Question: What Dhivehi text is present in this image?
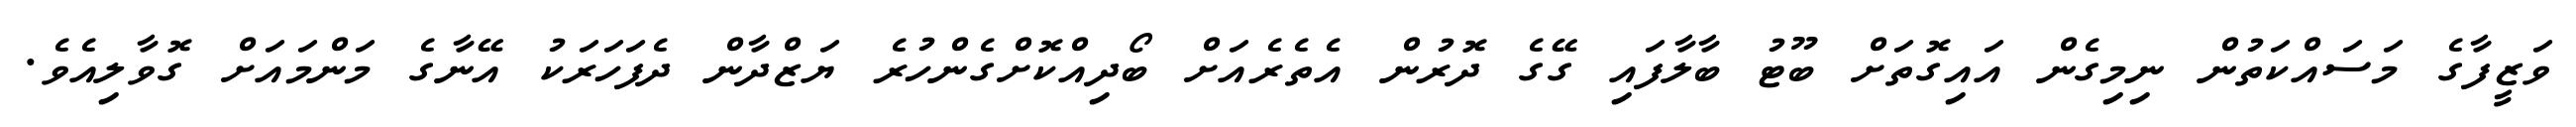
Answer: ވަޒީފާގެ މަސައްކަތުން ނިމިގެން އައިގޮތަށް ބޫޓު ބާލާފައި ގޭގެ ދޮރުން އެތެރެއަށް ބޯދިއްކޮށްގެންހުރެ ޔަޒްދާން ދެފަހަރަކު އޭނާގެ މަންމައަށް ގޮވާލިއެވެ.